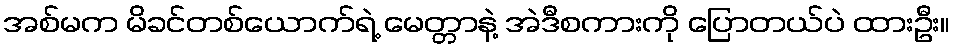
အစ်မက မိခင်တစ်ယောက်ရဲ့ မေတ္တာနဲ့ အဲဒီစကားကို ပြောတယ်ပဲ ထားဦး။